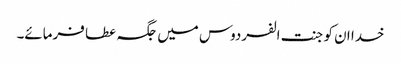
خدا ان کو جنت الفردوس میں جگہ عطا فرمائے۔